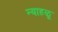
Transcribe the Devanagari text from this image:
न्याहळू